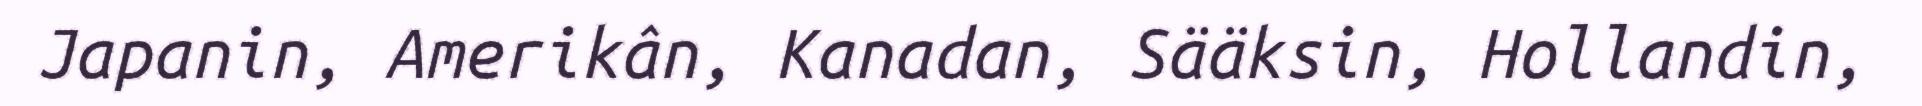
Japanin, Amerikân, Kanadan, Sääksin, Hollandin,